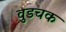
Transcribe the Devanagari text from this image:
वुडचक